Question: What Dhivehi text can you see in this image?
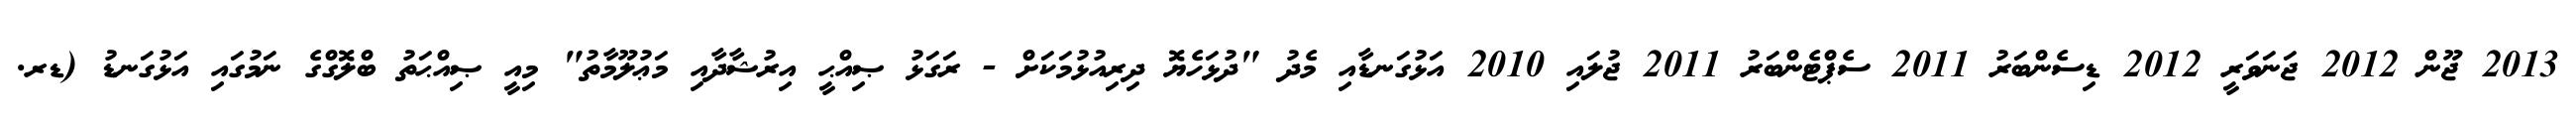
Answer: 2013 ޖޫން 2012 ޖަނަވަރީ 2012 ޑިސެންބަރު 2011 ސެޕްޓެންބަރު 2011 ޖުލައި 2010 އަޅުގަނޑާއި މެދު "ދުޅަހެޔޮ ދިރިއުޅުމަކަށް - ރަގަޅު ޞިއްޙީ އިރުޝާދާއި މަޢުލޫމާތު" މިއީ ޞިއްޙަތު ބްލޮގްގެ ނަމުގައި އަޅުގަނޑު (ޑރ.